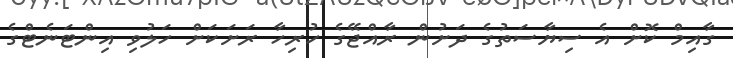
ގާއިމް ކޮށް އެ ސިޔާސަތުގެ ދަށުން ރާއްޖޭގެ ހުރިހާ ރަށަކަށް ހަލުވި އިންޓަނެޓްގެ